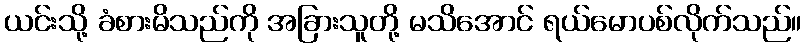
ယင်းသို့ ခံစားမိသည်ကို အခြားသူတို့ မသိအောင် ရယ်မောပစ်လိုက်သည်။